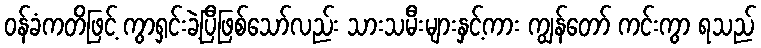
ဝန်ခံကတိဖြင့် ကွာရှင်းခဲ့ပြီဖြစ်သော်လည်း သားသမီးများနှင့်ကား ကျွန်တော် ကင်းကွာ ရသည်